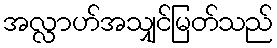
အလ္လာဟ်အသျှင်မြတ်သည်